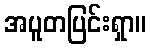
အပူတပြင်းရှာ။